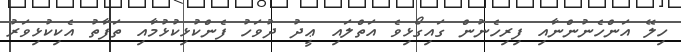
ހިލޭ އަންހެނުންނާއި ފިރިހެނުން ގައިގޯޅިވެ އަތްލައި ޢީދު ދުވަހު ފެންކުޅިކުޅުމާއި ތަފާތު އެކިކުޅިވަރު